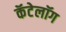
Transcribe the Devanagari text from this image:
कॅटेलॉग